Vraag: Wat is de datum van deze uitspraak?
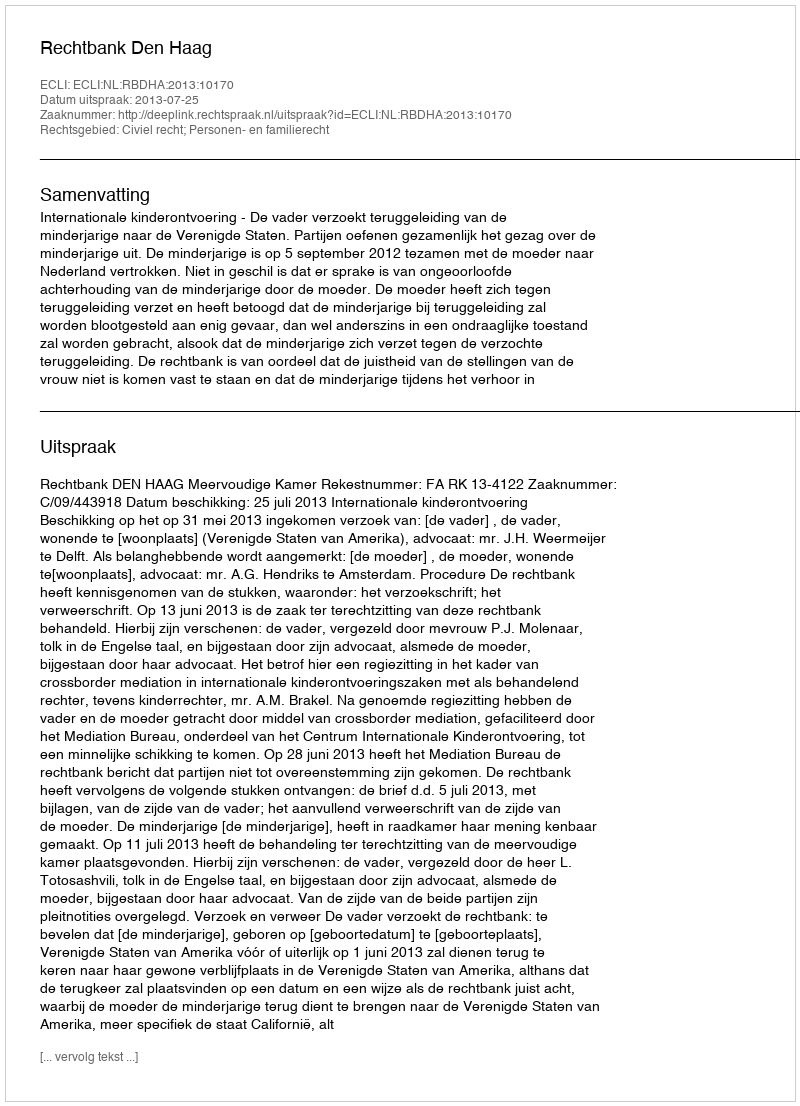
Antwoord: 2013-07-25